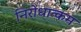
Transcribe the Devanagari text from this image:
निरोधात्कम